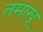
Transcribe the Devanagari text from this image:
तमाखू